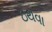
ઇથવા